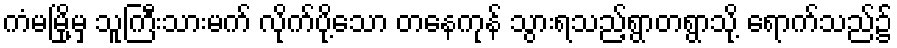
ကံမမြို့မှ သူကြီးသားမက် လိုက်ပို့သော တနေကုန် သွားရသည့်ရွာတရွာသို့ ရောက်သည်၌